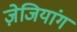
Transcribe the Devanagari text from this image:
ज़ेजियांग